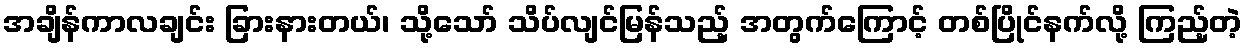
အချိန်ကာလချင်း ခြားနားတယ်၊ သို့သော် သိပ်လျင်မြန်သည့် အတွက်ကြောင့် တစ်ပြိုင်နက်လို့ ကြည့်တဲ့